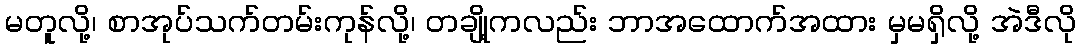
မတူလို့၊ စာအုပ်သက်တမ်းကုန်လို့၊ တချို့ကလည်း ဘာအထောက်အထား မှမရှိလို့ အဲဒီလို